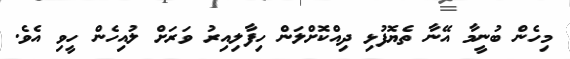
މިހެން ބުނީމާ އޭނާ ތެޔޮފުޅި ދިއްކޮށްލަން ހިފާލިއިރު ވަރަށް ލުއިހެން ހީވި އެވެ.